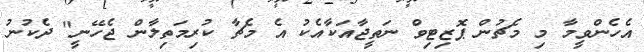
އެހެންވީމާ މި މެޗުން ޕޮޒިޓިވް ނަތީޖާއަކާއެކު އެ މެޗާ ކުރިމަތިލާން ޖެހޭނީ" ދެކުނު